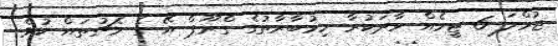
ޖުމްލަ 6 ޓީމެއް ވާދަކުރާ މިމުބާރާތުގެ ގްރޫޕް އޭ ގެ މެޗުތައް ކުޅެ